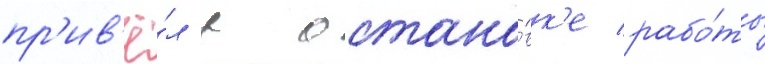
пр'ив'ё́л к остано́вк'е рабо́ты